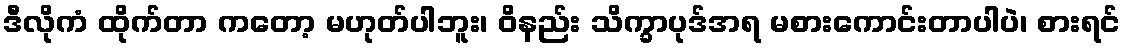
ဒီလိုကံ ထိုက်တာ ကတော့ မဟုတ်ပါဘူး၊ ဝိနည်း သိက္ခာပုဒ်အရ မစားကောင်းတာပါပဲ၊ စားရင်